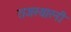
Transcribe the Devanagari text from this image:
राजस्थारनी